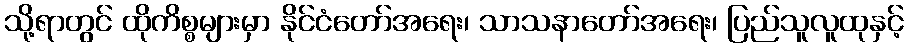
သို့ရာတွင် ထိုကိစ္စများမှာ နိုင်ငံတော်အရေး၊ သာသနာတော်အရေး၊ ပြည်သူလူထုနှင့်